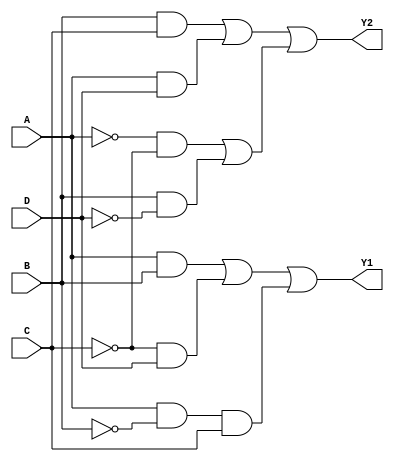
module jewel_pal (
    input wire A,     // Input A
    input wire B,     // Input B
    input wire C,     // Input C
    input wire D,     // Input D
    output wire Y1,   // Output Y1
    output wire Y2    // Output Y2
);

// Programmable AND Gates
wire and_out1; // Output of AND gate 1
wire and_out2; // Output of AND gate 2
wire and_out3; // Output of AND gate 3
wire and_out4; // Output of AND gate 4

// Example of programmable AND gates
assign and_out1 = (A & B) | (~C & D); // AND gate 1
assign and_out2 = (A & ~B & C);       // AND gate 2
assign and_out3 = (B & C) | (A & D);  // AND gate 3
assign and_out4 = (~A & ~C) | (B & ~D); // AND gate 4

// Fixed OR Array for Outputs
assign Y1 = and_out1 | and_out2; // Output Y1 combines outputs of AND gate 1 and 2
assign Y2 = and_out3 | and_out4; // Output Y2 combines outputs of AND gate 3 and 4

endmodule